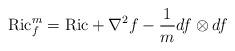
LaTeX: \begin{align*}\mathrm{Ric}^m_f=\mathrm{Ric}+\nabla^2f-\frac{1}{m}df\otimes df\end{align*}